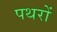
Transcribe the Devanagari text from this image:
पथरों